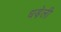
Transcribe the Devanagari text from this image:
धड़ेली